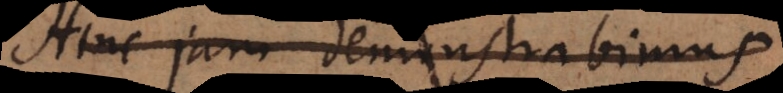
Hinc jam demonstrabimus